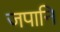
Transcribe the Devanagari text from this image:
जपानि